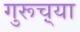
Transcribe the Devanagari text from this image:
गुरूच़्या